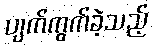
ပျက်ကွက်ခဲ့သည့်